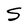
Character: S